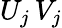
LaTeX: U_{j}\, V_{j}